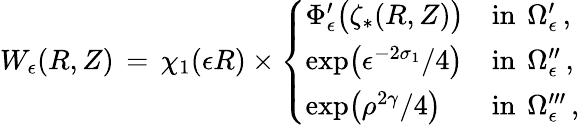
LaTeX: W_{\epsilon}(R,Z)\, =\, \chi_{1}(\epsilon R)\times\left\{ \begin{array}{ll}{\Phi_{\epsilon}^{\prime}\bigl(\zeta_{*}(R,Z)\bigr)}&{\mathrm{in}~\, \Omega_{\epsilon}^{\prime}\, ,}\\ {\exp\bigl(\epsilon^{-2\sigma_{1}}/4\bigr)}&{\mathrm{in}~\, \Omega_{\epsilon}^{\prime\prime}\, ,}\\ {\exp\bigl(\rho^{2\gamma}/4\bigr)}&{\mathrm{in}~\, \Omega_{\epsilon}^{\prime\prime\prime}\, ,}\end{array}\right.